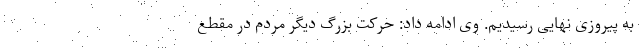
به پیروزی نهایی رسیدیم. وی ادامه داد: حرکت بزرگ دیگر مردم در مقطع